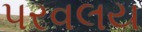
પરવલય